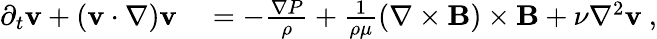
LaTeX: \begin{array}{rl}{\partial_{t}\mathbf{v}+(\mathbf{v}\cdot\mathbf{\nabla})\mathbf{v}}&{{}=-\frac{\nabla P}{\rho}+\frac{1}{\rho\mu}\left(\mathbf{\nabla}\times\mathbf{B}\right)\times\mathbf{B}+\nu\nabla^{2}\mathbf{v}~,}\end{array}